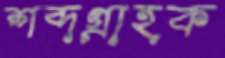
শব্দগ্রাহক